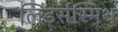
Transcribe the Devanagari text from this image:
लिंडर्सस्मिथ